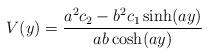
LaTeX: \begin{align*}V(y)={a^2c_2-b^2c_1\sinh(ay)\over ab\cosh(ay)}\end{align*}